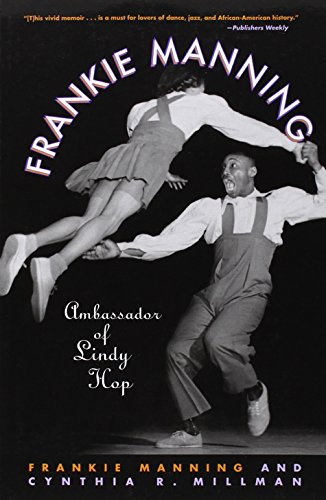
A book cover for Frankie Manning: Ambassador of Lindy Hop; Frankie Manning; Biographies & Memoirs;